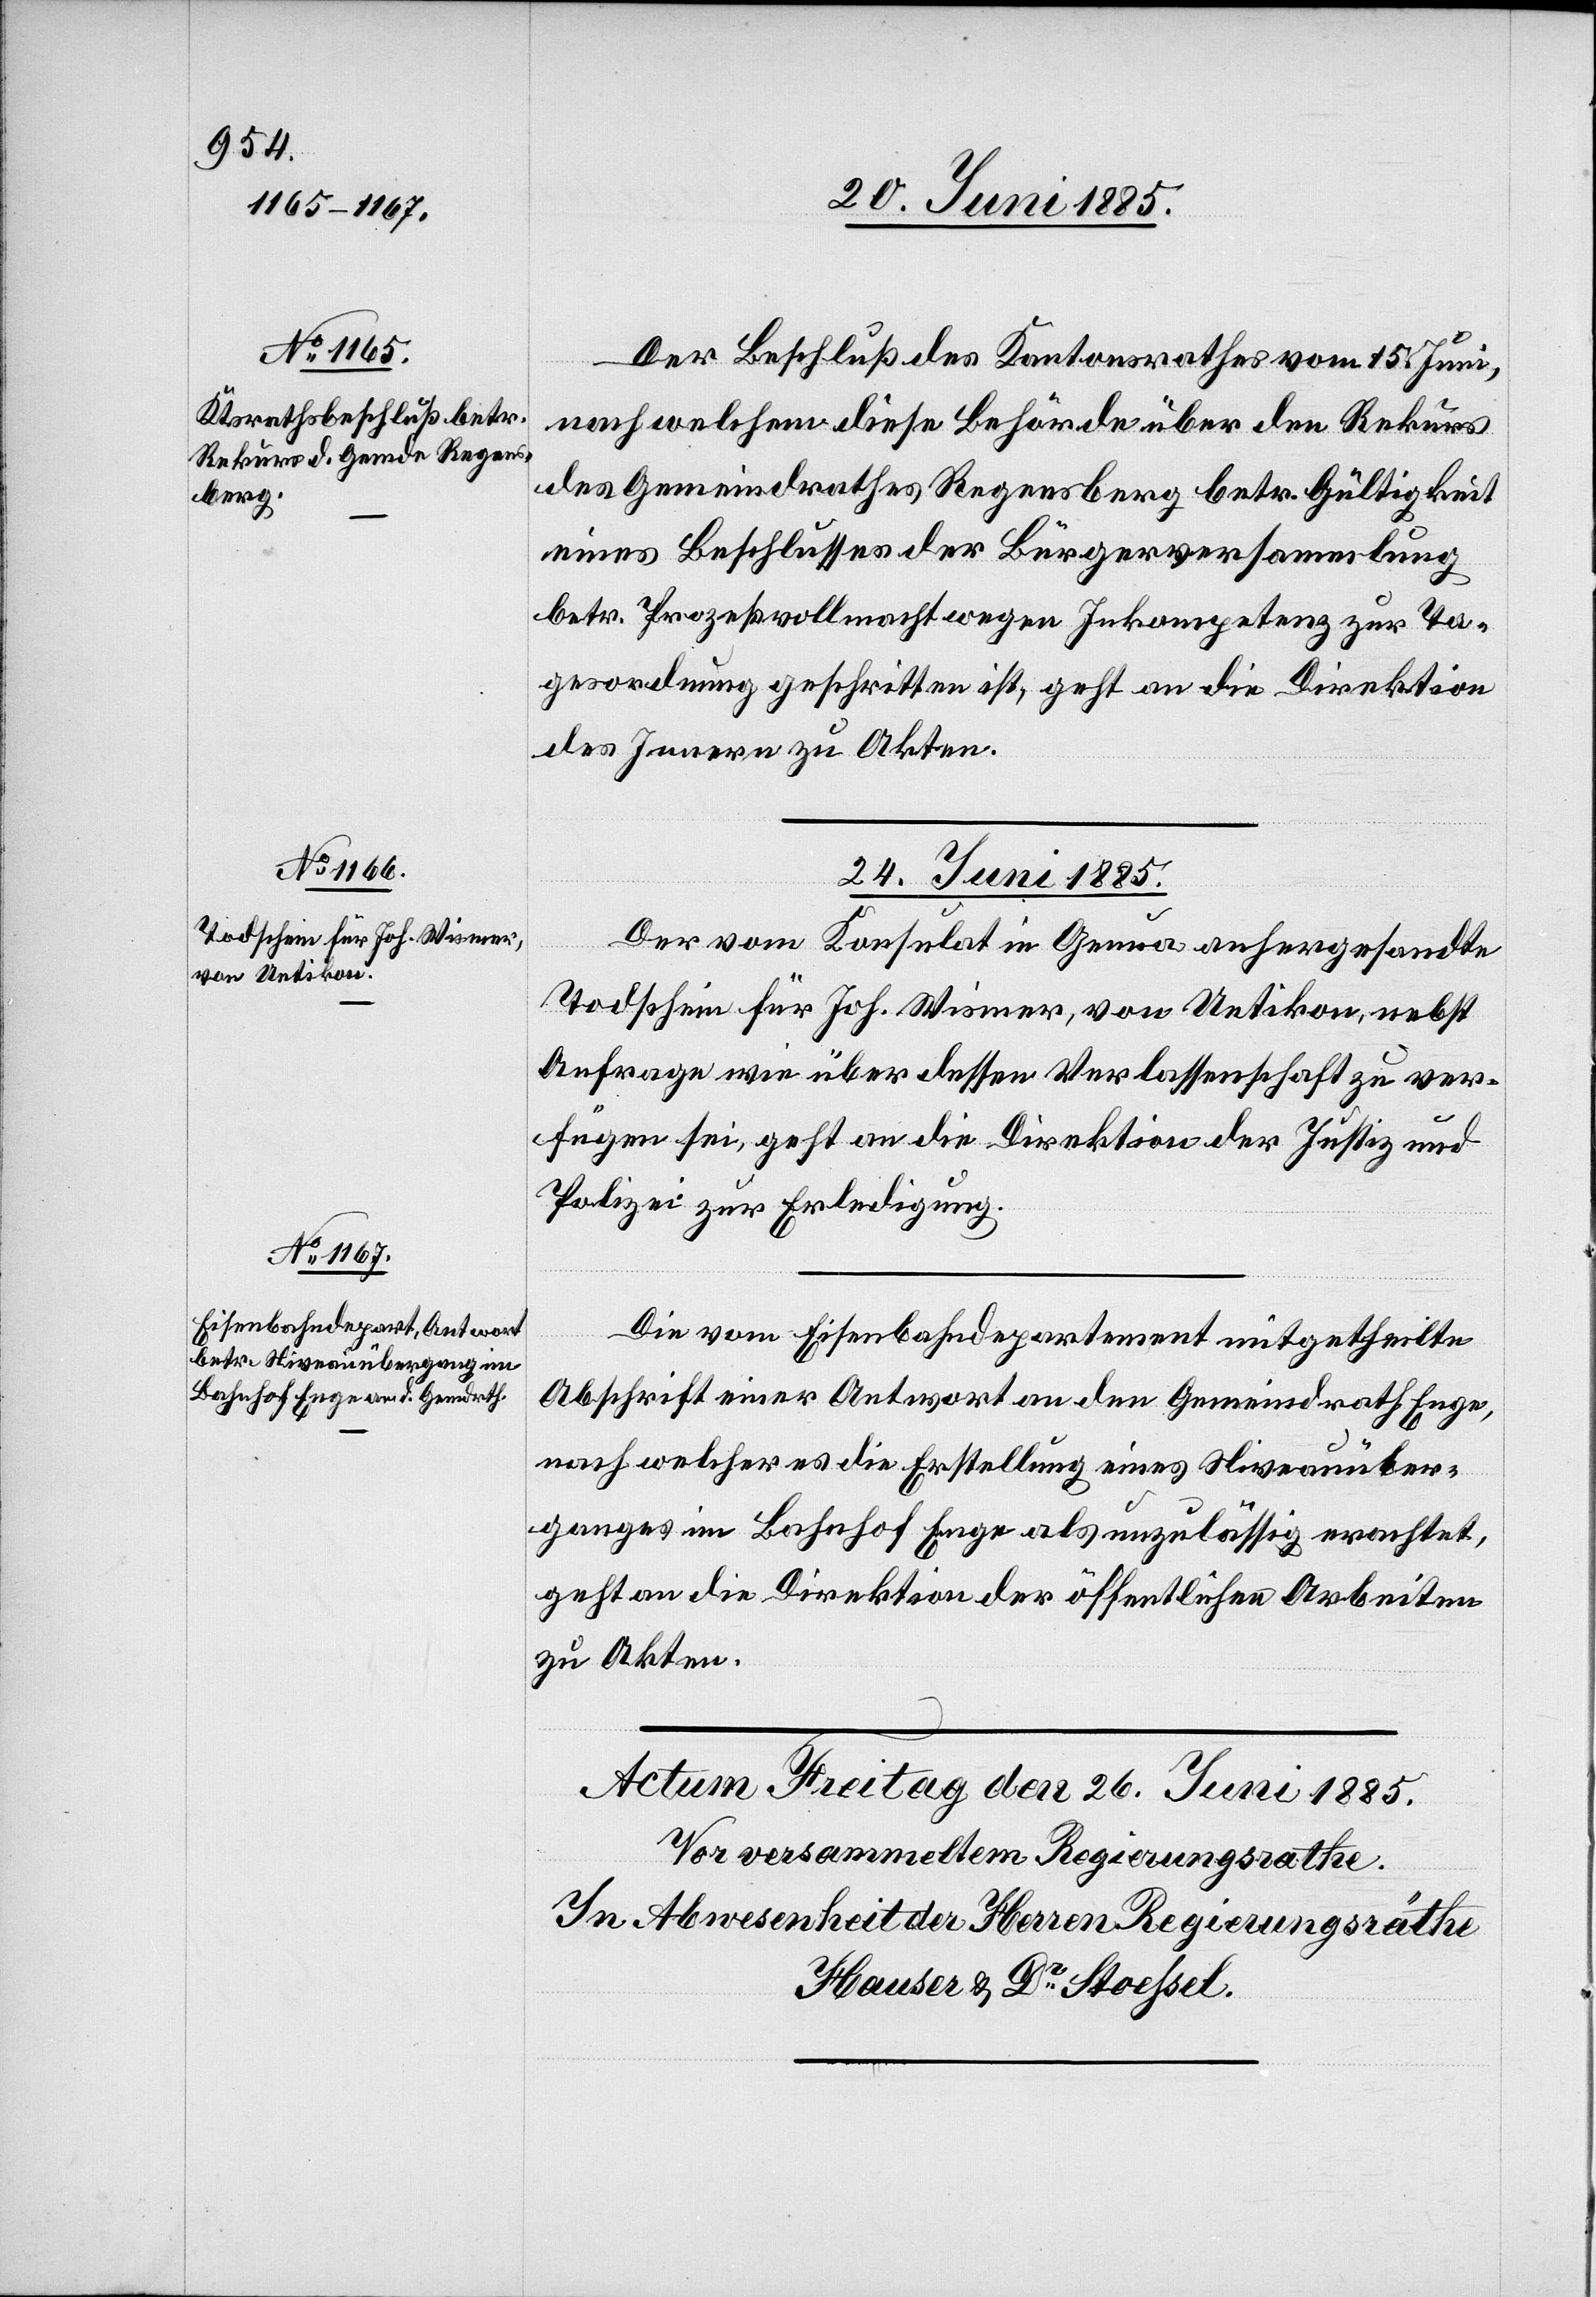
23. Juni 1885.]
Der Beschluß des Kantonsrathes vom 15. Juni,
nach welchem diese Behörde über den Rekurs
des Gemeindrathes Regensberg betr. Gültigkeit
eines Beschlusses der Bürgerversammlung
betr. Prozeßvollmacht wegen Inkompetenz zur Ta¬
gesordnung geschritten ist, geht an die Direktion
des Innern zu Akten.
24. Juni 1885.]
Der vom Konsulat in Genua anhergesandte
Todschein für Joh. Wismer, von Uetikon, nebst
Anfrage wie über dessen Verlassenschaft zu ver¬
fügen sei, geht an die Direktion der Justiz und
Polizei zur Erledigung.
Die vom Eisenbahndepartement mitgetheilte
Abschrift einer Antwort an den Gemeindrath Enge,
nach welcher es die Erstellung eines Niveauüber¬
ganges im Bahnhof Enge als unzulässig erachtet,
geht an die Direktion der öffentlichen Arbeiten
zu Akten.